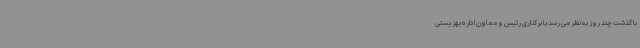
با گذشت چند روز به نظر می رسد با برکناری رئیس و معاون اداره بهزیستی